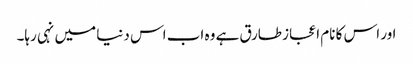
اور اس کا نام اعجاز طارق ہے وہ اب اس دنیا میں نہی رہا۔